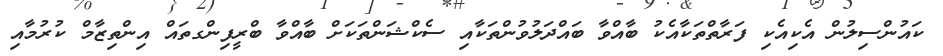
ކައުންސިލުން އެކިއެކި ފަރާތްތަކާއެކު ބާއްވާ ބައްދަލުވުންތަކާއި ސެކްޝަންތަކަށް ބާއްވާ ބްރީފިންގތައް އިންތިޒާމް ކުރުމާއި